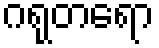
ဂရုတရော